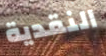
النقدية